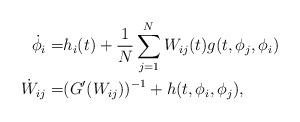
LaTeX: \begin{align*}\dot{\phi}_i=&h_i(t)+\frac{1}{N}\sum_{j=1}^NW_{ij}(t)g(t,\phi_j,\phi_i)\\\dot{W}_{ij}=&(G'(W_{ij}))^{-1}+h(t,\phi_i,\phi_j),\end{align*}